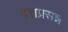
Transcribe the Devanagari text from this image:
दत्तप्रसन्न